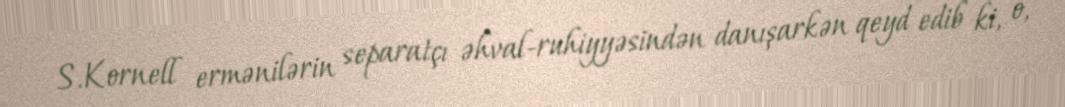
S.Kornell ermənilərin separatçı əhval-ruhiyyəsindən danışarkən qeyd edib ki, o,